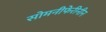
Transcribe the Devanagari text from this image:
सोमनीफेरीनीन